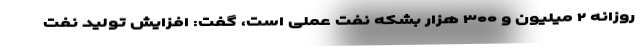
روزانه ۲ میلیون و ۳۰۰ هزار بشکه نفت عملی است، گفت: افزایش تولید نفت